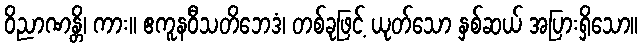
ဝိညာဏန္တိ၊ ကား။ ဧကူနဝီသတိဘေဒံ၊ တစ်ခုဖြင့် ယုတ်သော နှစ်ဆယ် အပြားရှိသော။